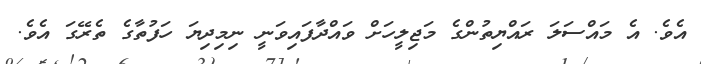
އެވެ. އެ މައްސަލަ ރައްޔިތުންގެ މަޖިލީހަށް ވައްދާފައިވަނީ ނިމިދިޔަ ހަފުތާގެ ތެރޭގަ އެވެ.